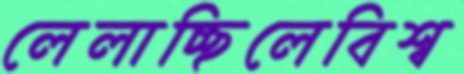
লেলাচ্ছিলেবিশ্ব